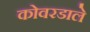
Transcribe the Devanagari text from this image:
कोवरडाले